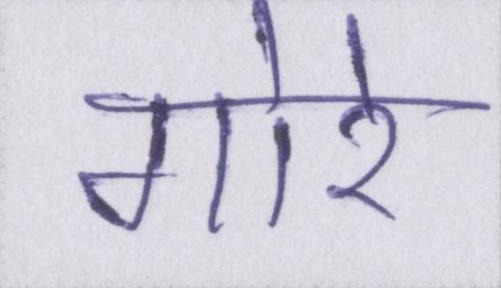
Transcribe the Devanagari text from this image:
गोरे